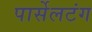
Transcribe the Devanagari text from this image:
पार्सेलटंग